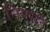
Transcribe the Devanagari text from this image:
निगमने